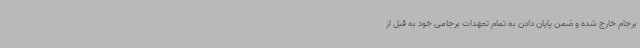
برجام خارج شده و ضمن پایان دادن به تمام تعهدات برجامی خود به قبل از